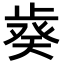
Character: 𣦌